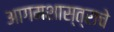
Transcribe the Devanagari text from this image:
आगमशास्त्राचे